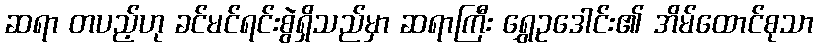
ဆရာ တပည့်ဟု ခင်မင်ရင်းစွဲရှိသည်မှာ ဆရာကြီး ရွှေဥဒေါင်း၏ အိမ်ထောင်စုသာ